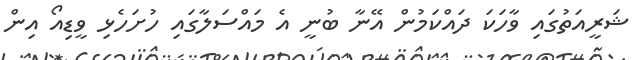
ޝަރީއަތުގައި ވާހަކަ ދައްކަމުން އޭނާ ބުނީ އެ މައްސަލާގައި ހުށަހެޅި ވީޑިއޯ އިން